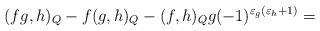
LaTeX: \begin{align*}(fg,h)_{Q}-f(g,h)_{Q}-(f,h)_{Q}g(-1)^{\varepsilon_{g}(\varepsilon_{h}+1)}=\end{align*}